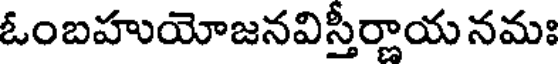
ఓంబహుయోజనవిస్తీర్ణాయ నమః